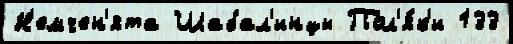
Н'емчен'ята Шабал'инцы Пол'я́к'и 133